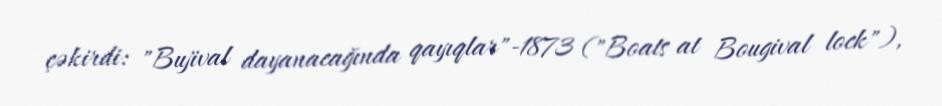
çəkirdi: "Bujival dayanacağında qayıqlar"-1873 ("Boats at Bougival lock"),